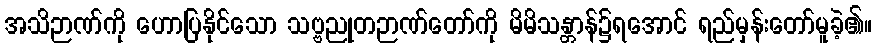
အသိဉာဏ်ကို ဟောပြနိုင်သော သဗ္ဗညုတဉာဏ်တော်ကို မိမိသန္တာန်၌ရအောင် ရည်မှန်းတော်မူခဲ့၏။